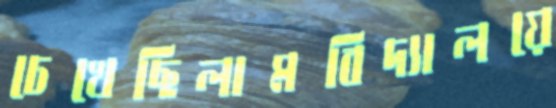
চেখেছিলামবিদ্যালয়ে